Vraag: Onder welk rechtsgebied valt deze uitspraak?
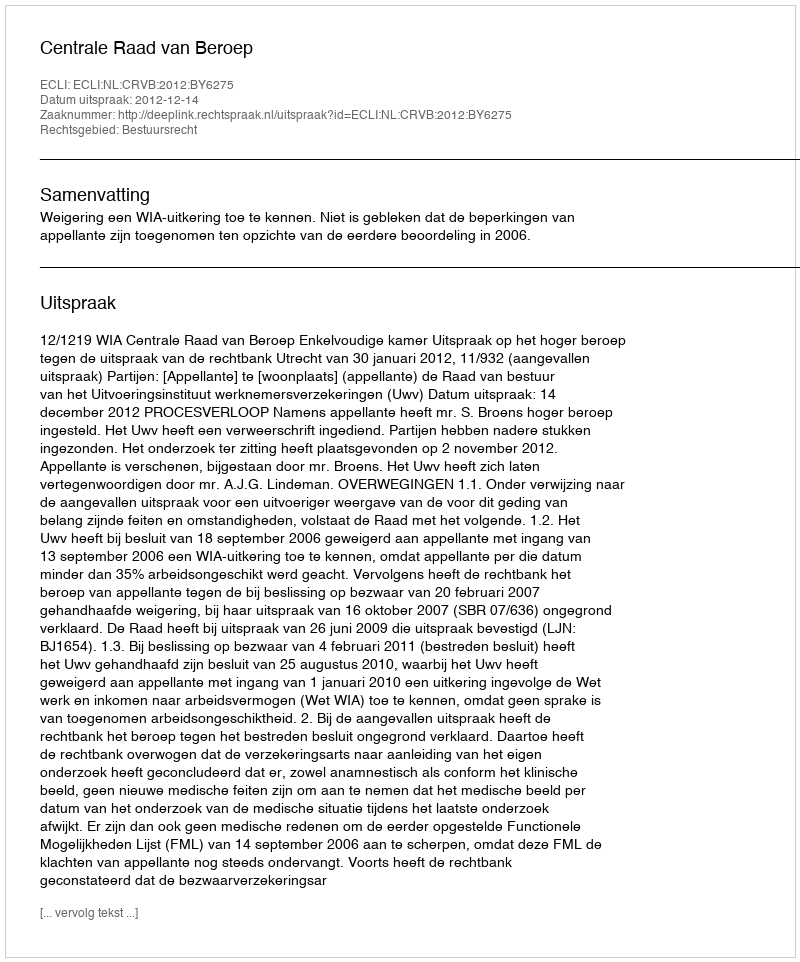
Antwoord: Bestuursrecht